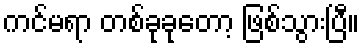
ကင်မရာ တစ်ခုခုတော့ ဖြစ်သွားပြီ။